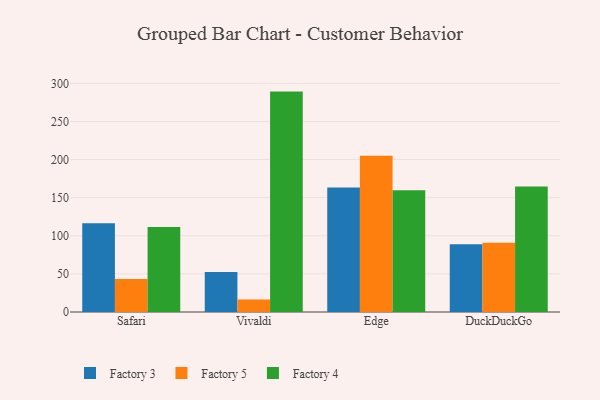
{"axis": {"x": "Browser", "y": "Net Income (USD K)"}, "legend": ["Factory 3", "Factory 4", "Factory 5"], "data": [{"x": "Safari", "y": 116.6, "type": "Factory 3"}, {"x": "Safari", "y": 43.2, "type": "Factory 5"}, {"x": "Safari", "y": 111.6, "type": "Factory 4"}, {"x": "Vivaldi", "y": 52.5, "type": "Factory 3"}, {"x": "Vivaldi", "y": 16.3, "type": "Factory 5"}, {"x": "Vivaldi", "y": 289.2, "type": "Factory 4"}, {"x": "Edge", "y": 163.3, "type": "Factory 3"}, {"x": "Edge", "y": 204.9, "type": "Factory 5"}, {"x": "Edge", "y": 159.6, "type": "Factory 4"}, {"x": "DuckDuckGo", "y": 88.8, "type": "Factory 3"}, {"x": "DuckDuckGo", "y": 91.0, "type": "Factory 5"}, {"x": "DuckDuckGo", "y": 164.6, "type": "Factory 4"}]}